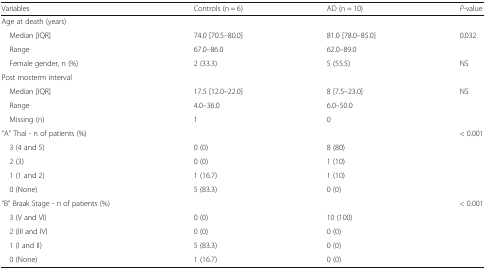
<table><thead><tr><td><b>Variables</b></td><td><b>Controls (n = 6)</b></td><td><b>AD (n = 10)</b></td><td><b><i>P</i>-value</b></td></tr></thead><tbody><tr><td colspan="4">Age at death (years)</td></tr><tr><td> Median [IQR]</td><td>74.0 [70.5–80.0]</td><td>81.0 [78.0–85.0]</td><td>0.032</td></tr><tr><td> Range</td><td>67.0–86.0</td><td>62.0–89.0</td><td></td></tr><tr><td> Female gender, n (%)</td><td>2 (33.3)</td><td>5 (55.5)</td><td>NS</td></tr><tr><td colspan="4">Post mosterm interval</td></tr><tr><td> Median [IQR]</td><td>17.5 [12.0–22.0]</td><td>8 [7.5–23.0]</td><td>NS</td></tr><tr><td> Range</td><td>4.0–36.0</td><td>6.0–50.0</td><td></td></tr><tr><td> Missing (n)</td><td>1</td><td>0</td><td></td></tr><tr><td>“A” Thal - n of patients (%)</td><td></td><td></td><td>&lt; 0.001</td></tr><tr><td> 3 (4 and 5)</td><td>0 (0)</td><td>8 (80)</td><td></td></tr><tr><td> 2 (3)</td><td>0 (0)</td><td>1 (10)</td><td></td></tr><tr><td> 1 (1 and 2)</td><td>1 (16.7)</td><td>1 (10)</td><td></td></tr><tr><td> 0 (None)</td><td>5 (83.3)</td><td>0 (0)</td><td></td></tr><tr><td>“B” Braak Stage - n of patients (%)</td><td></td><td></td><td>&lt; 0.001</td></tr><tr><td> 3 (V and VI)</td><td>0 (0)</td><td>10 (100)</td><td></td></tr><tr><td> 2 (III and IV)</td><td>0 (0)</td><td>0 (0)</td><td></td></tr><tr><td> 1 (I and II)</td><td>5 (83.3)</td><td>0 (0)</td><td></td></tr><tr><td> 0 (None)</td><td>1 (16.7)</td><td>0 (0)</td><td></td></tr></tbody></table>